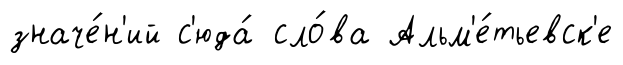
значе́н'ий с'юда́ сло́ва Альм'е́тьевск'е